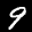
Label: 9